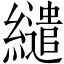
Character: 繾